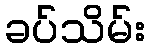
ခပ်သိမ်း